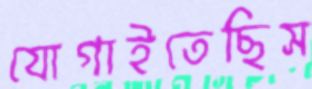
যোগাইতেছিস